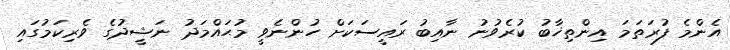
އެންމެ ފުރަތަމަ އިންތިޚާބު ކުރެވުނު ނާއިބު ރައީސަކަށް ހުންނެވީ މުޙައްމަދު ނަޝީދުގެ ވެރިކަމުގައި